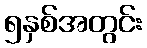
၅နှစ်အတွင်း